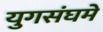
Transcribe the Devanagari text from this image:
युगसंघमे